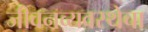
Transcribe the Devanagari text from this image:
जीवनव्यवस्थेचा